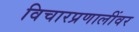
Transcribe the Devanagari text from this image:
विचारप्रणालींवर